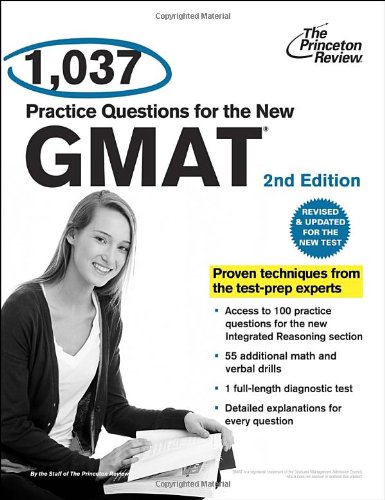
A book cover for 1,037 Practice Questions for the New GMAT, 2nd Edition: Revised and Updated for the New GMAT (Graduate School Test Preparation); Princeton Review; Education & Teaching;